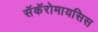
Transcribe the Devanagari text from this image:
सॅकॅरोमायसिस